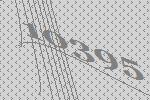
10395